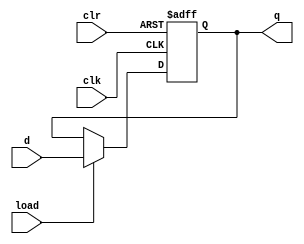
module n_bit_pipo #(
    parameter N = 8
) (
    input clk, clr, load,
    input [N-1:0] d,
    output reg [N-1:0] q
);
    
    always @(posedge clk or posedge clr) begin
        if(clr)
            q <= 'b0;
        else if(load)
            q <= d;
        else
            q <= q;
    end


endmodule